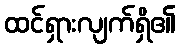
ထင်ရှားလျက်ရှိ၏